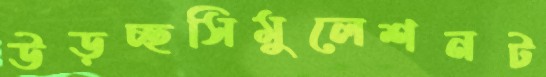
উড়চ্ছসিমুলেশনট